Vaccination in Bombay 1869-1873 - 1869-1873
Year: 1869
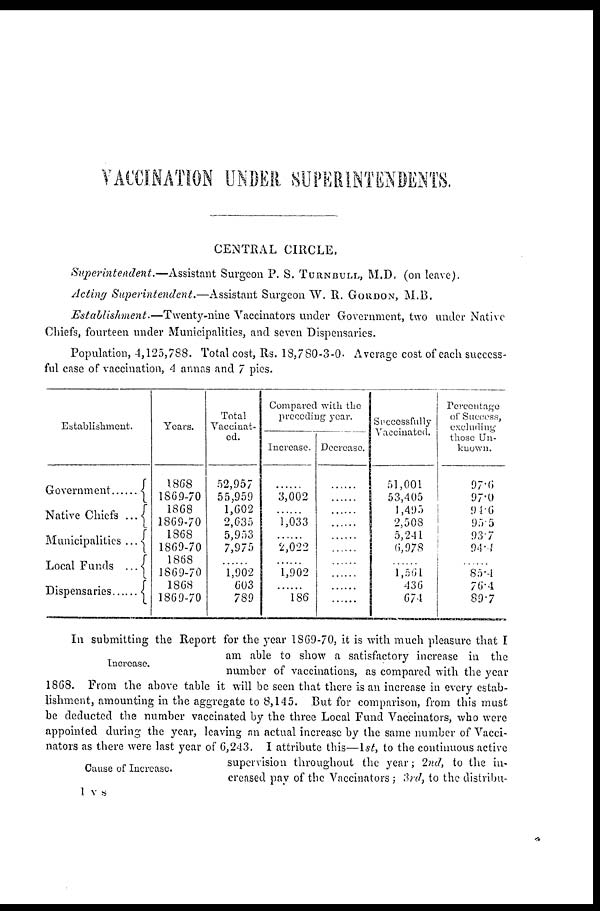
VACCINATION UNDER SUPERINTENDENTS.
CENTRAL CIRCLE.
Superintendent.—Assistant
Surgeon P. S. TURNBULL, M.D. (on leave).
Acting Superintendent.—Assistant
Surgeon W. R. GORDON, M.B.
Establishment.—Twenty-nine
Vaccinators under Government, two under Native
Chiefs, fourteen under Municipalities, and seven Dispensaries.
Population, 4,125,788. Total cost, Rs. 18,780-3-0. Average cost of each success-
ful case of vaccination, 4 annas and 7 pies.
Establishment.
Government
......
Native Chiefs ...
Municipalities ...
Local Funds ...
Dispensaries
Years.
1868
1869-70
1868
1869-70
1868
1869-70
1868
1869-70
1868
1869-70
Total
Vaccinat¬
ed.
52,957
55,959
1,602
2,635
5,953
7,975
........
1,902
603
789
Compared with the
preceding year.
Increase.
......
3,002
........
1,033
........
2,022
........
1,902
........
186
Decrease.
......
......
......
......
......
......
......
......
......
Successfully
Vaccinated.
51,001
53,405
1,495
2,508
5,241
6,978
.......
1,561
436
674
Percentage
of Success,
excluding
those Un¬
known.
97.6
97.0
94.6
95.5
93.7
94.4
.......
85.4
76.4
89.7
Increase.
Cause of Increase.
In submitting the Report for the year 1869-70, it is with much pleasure that I
am able to show a satisfactory increase in the
number of vaccinations, as compared with the year
1868.
From the above table it will be seen that there is an increase in every estab-
lishment, amounting in the aggregate to 8,145. But for comparison, from this must
be deducted the number vaccinated by the three Local Fund Vaccinators, who were
appointed during the year, leaving an actual increase by the same number of Vacci-
nators as there were last year of 6,243. I attribute this—1st, to the continuous active
supervision throughout the year; 2nd, to the in-
creased pay of the Vaccinators; 3rd, to the distribu¬
1 v s